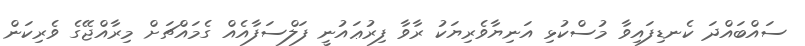
ސައްބައްދަ ކެނޑިފައިވާ މުސްކުޅި އަނިޔާވެރިޔަކު ރާވާ ފިރުޢައުނީ ފަލްސަފާއެއް ގެމައްޗަށް މިރާއްޖޭގެ ވެރިކަން